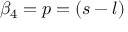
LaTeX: \beta _ { 4 } = p = ( s - l )